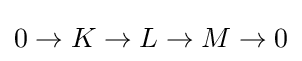
0\rightarrow K\rightarrow L\rightarrow M\rightarrow 0